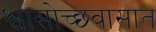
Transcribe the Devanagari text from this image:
श्वासोच्छ्वासात